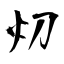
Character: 灱